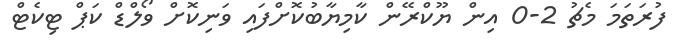
ފުރަތަމަ މެޗު 2-0 އިން ޔޫކްރޭން ކާމިޔާބުކޮށްފައި ވަނިކޮށް ވޯލްޑް ކަޕް ޓިކެޓް